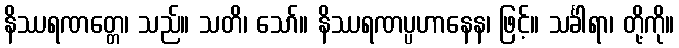
နိဿရဏတ္တေ၊ သည်။ သတိ၊ သော်။ နိဿရဏပ္ပဟာနေန၊ ဖြင့်။ သင်္ခါရာ၊ တို့ကို။